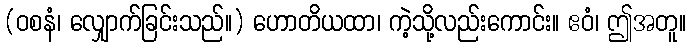
(ဝစနံ၊ လျှောက်ခြင်းသည်။) ဟောတိယထာ၊ ကဲ့သို့လည်းကောင်း။ ဧဝံ၊ ဤအတူ။